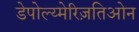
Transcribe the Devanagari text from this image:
डेपोल्य्मेरिज़तिओन